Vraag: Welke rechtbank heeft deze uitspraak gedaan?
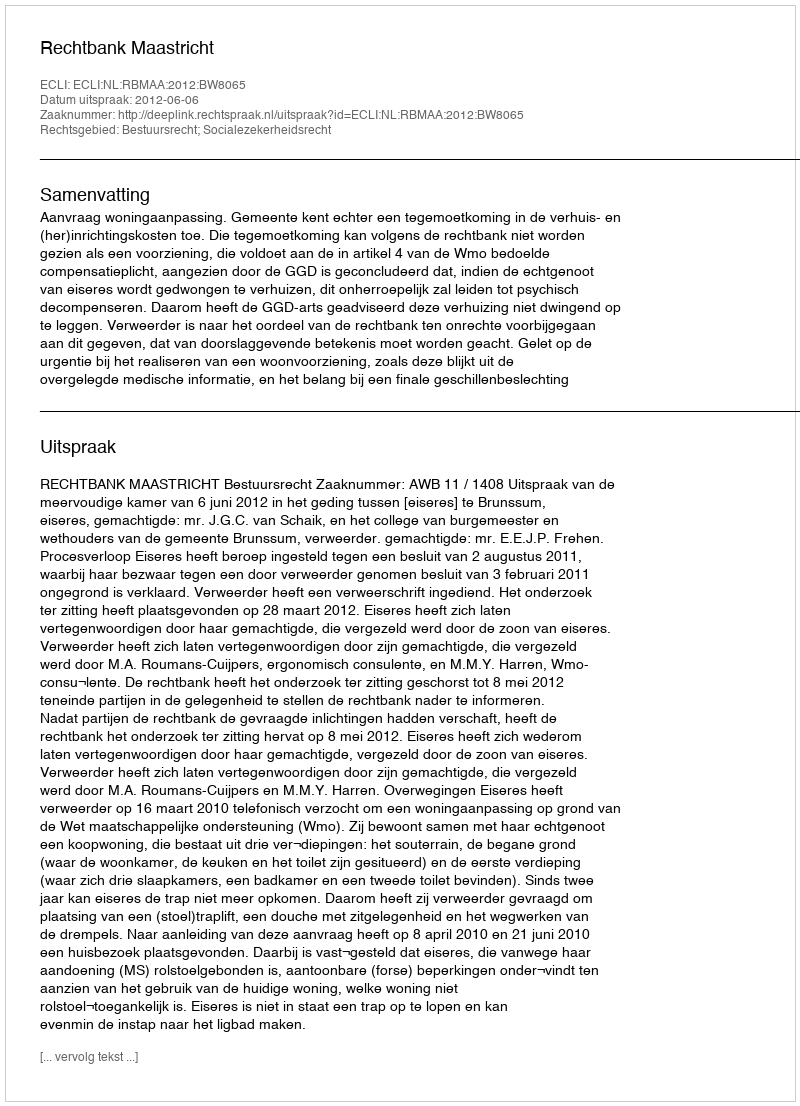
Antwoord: Rechtbank Maastricht